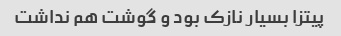
پیتزا بسیار نازک بود و گوشت هم نداشت